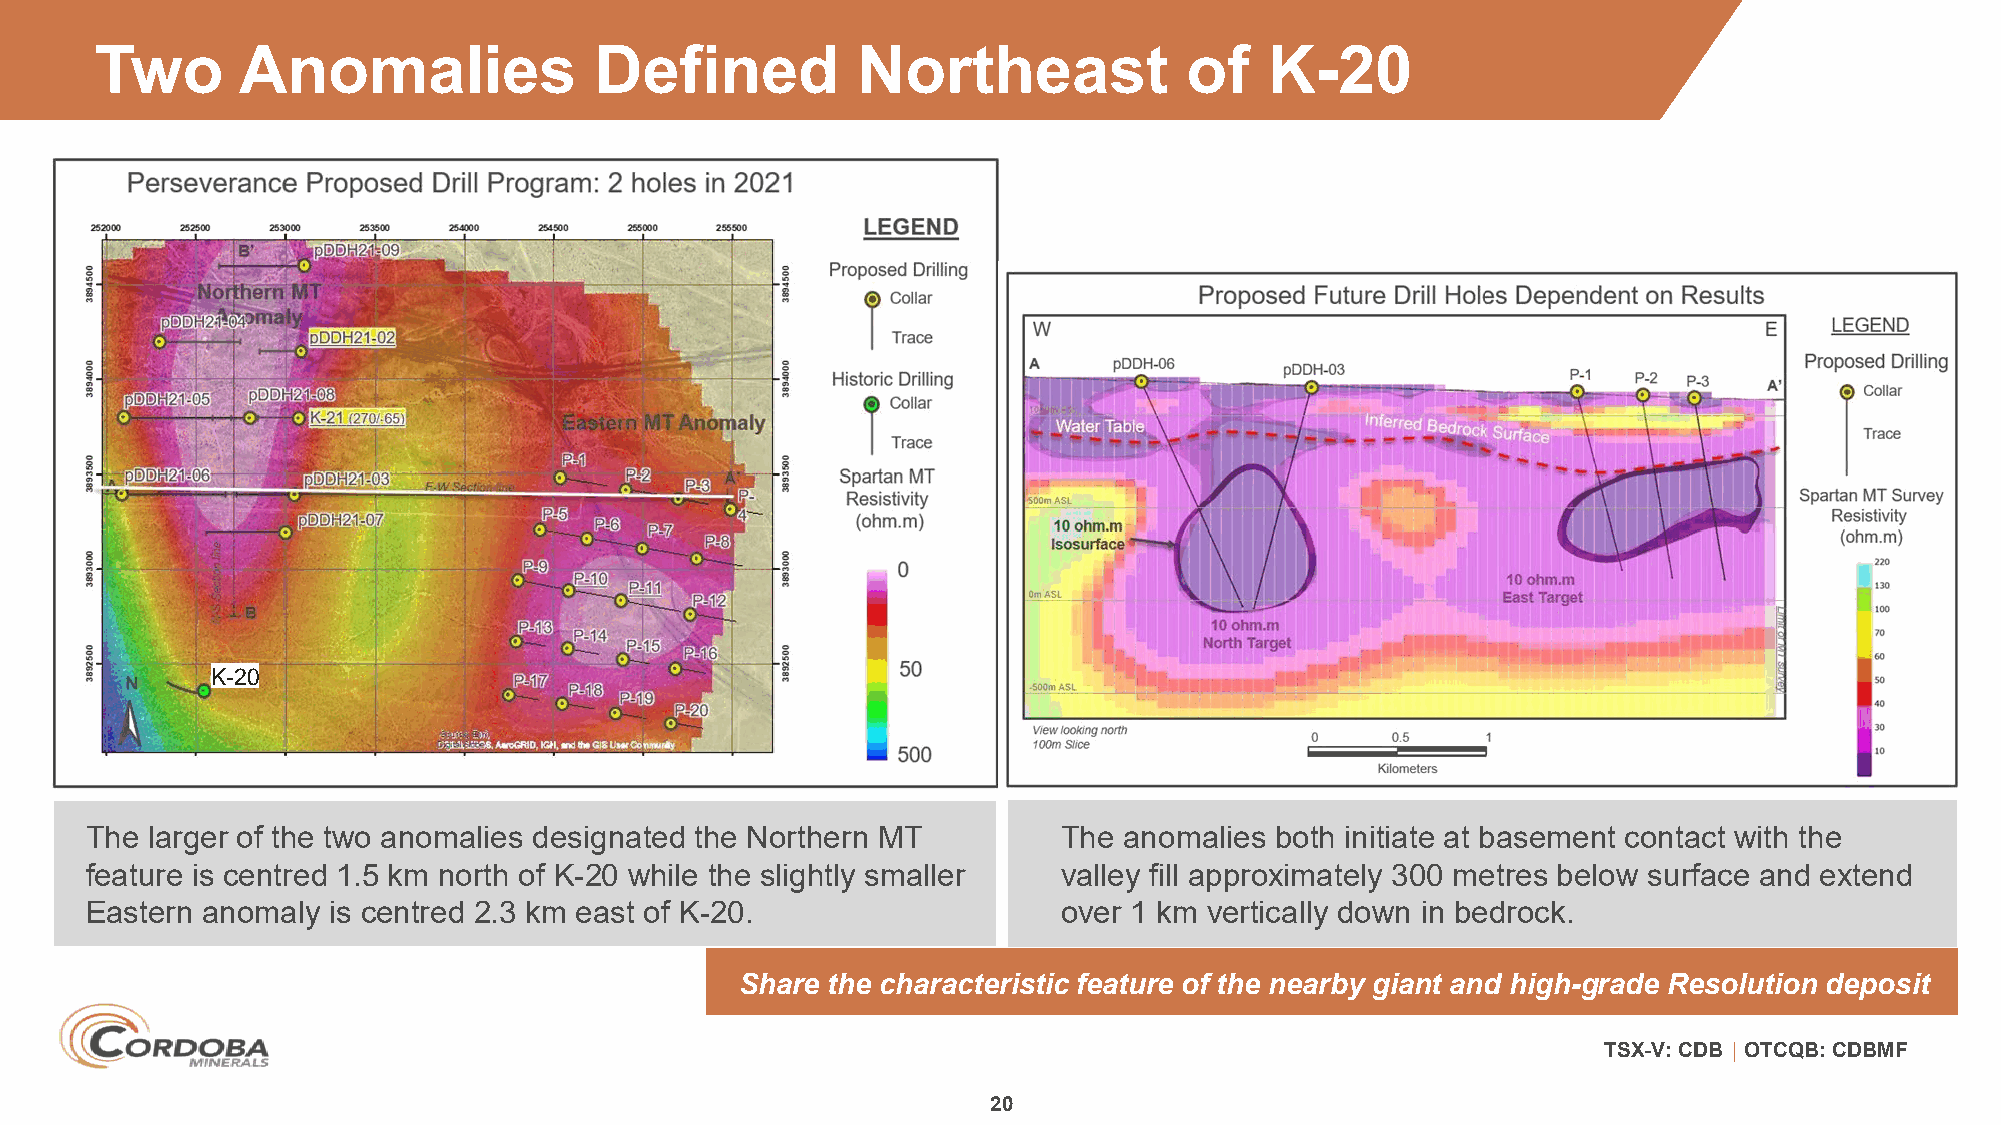
Two       Anomalies              Defined           Northeast             of   K-20
 K-20
 The larger of the two anomalies designated the Northern MT      The anomalies both initiate at basement contact with the
 feature is centred 1.5 km north of K-20 while the slightly smaller valley fill approximately 300 metres below surface and extend
 Eastern anomaly is centred 2.3 km east of K-20.                 over 1 km vertically down in bedrock.
 Share the characteristic feature of the nearby giant and high-grade Resolution deposit
 TSX-V: CDB │ OTCQB: CDBMF
 20